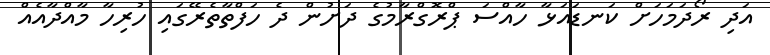
އަދި ރޯދަމަހަށް ކަނޑައަޅާ ހާއްސަ ޕްރޮގްރާމުގެ ދަށުން ދެ ހަފްތާތެރޭގައި ހުރިހާ މާއްދާއެއް